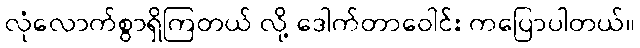
လုံလောက်စွာရှိကြတယ် လို့ ဒေါက်တာဝေါင်း ကပြောပါတယ်။